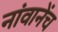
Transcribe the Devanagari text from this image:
नांवानेंच